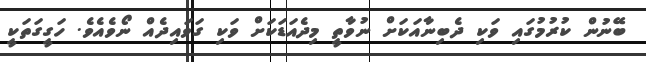
ބޭނުން ކުރުމުގައި ވަކި ދެބިނާއަކަށް ނުވާތީ މިދެއަޑަކަށް ވަކި ގަވައިދެއް ނޯވެއެވެ. ހަގީގަތަކީ